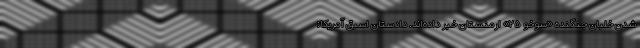
شدن خلبان جنگنده «سوخو ۲۵» ارمنستان خبر داده‌اند. دادستان اسبق آمریکا: